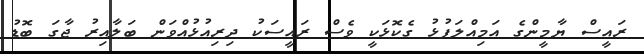
ރައީސް ޔާމީންގެ އަމިއްލަފުޅު ގެކޮޅަކީ ވެސް ރައީސަކު ދިރިއުޅުއްވަން ބަލާއިރު ޖާގަ ބޮޑު